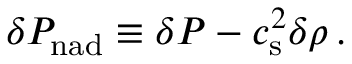
\delta P _ { \mathrm { n a d } } \equiv \delta P - c _ { \mathrm { s } } ^ { 2 } \delta \rho \, .